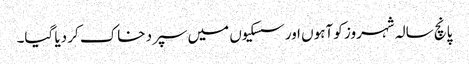
پانچ سالہ شہروز کو آہوں اورسسکیوں میں سپرد خاک کر دیا گیا۔